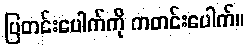
ပြတင်းပေါက်ကို ကတင်းပေါက်။